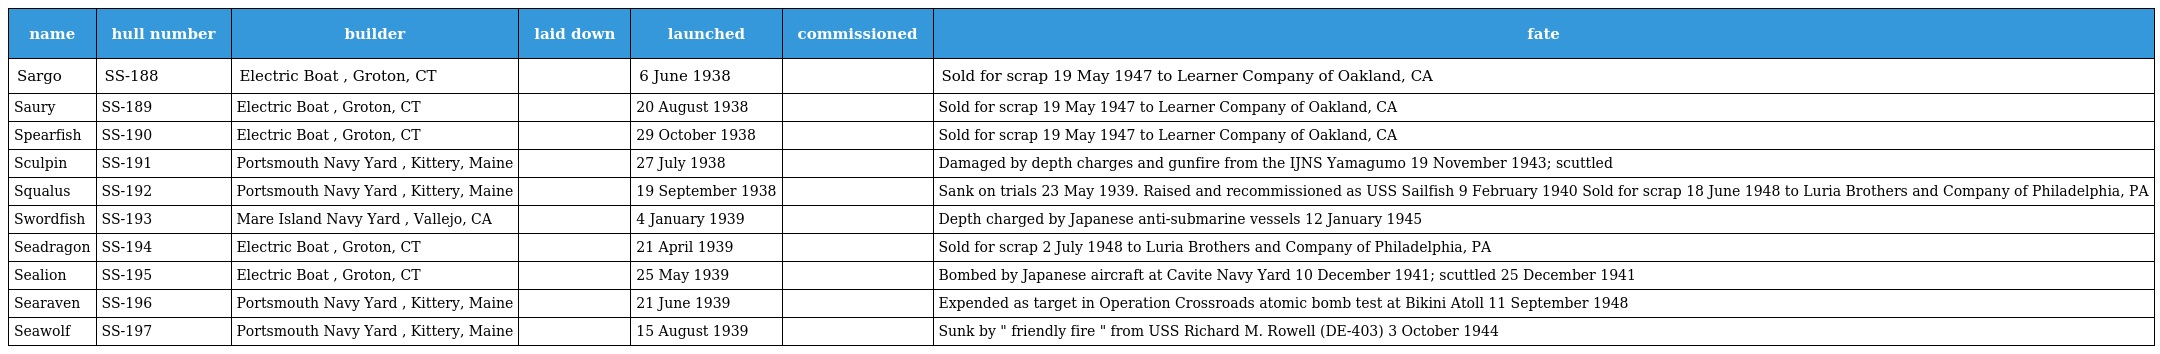
| name | hull number | builder | laid down | launched | commissioned | fate |
 | --- | --- | --- | --- | --- | --- | --- |
 | Sargo | SS-188 | Electric Boat , Groton, CT |  | 6 June 1938 |  | Sold for scrap 19 May 1947 to Learner Company of Oakland, CA |
 | Saury | SS-189 | Electric Boat , Groton, CT |  | 20 August 1938 |  | Sold for scrap 19 May 1947 to Learner Company of Oakland, CA |
 | Spearfish | SS-190 | Electric Boat , Groton, CT |  | 29 October 1938 |  | Sold for scrap 19 May 1947 to Learner Company of Oakland, CA |
 | Sculpin | SS-191 | Portsmouth Navy Yard , Kittery, Maine |  | 27 July 1938 |  | Damaged by depth charges and gunfire from the IJNS Yamagumo 19 November 1943; scuttled |
 | Squalus | SS-192 | Portsmouth Navy Yard , Kittery, Maine |  | 19 September 1938 |  | Sank on trials 23 May 1939. Raised and recommissioned as USS Sailfish 9 February 1940 Sold for scrap 18 June 1948 to Luria Brothers and Company of Philadelphia, PA |
 | Swordfish | SS-193 | Mare Island Navy Yard , Vallejo, CA |  | 4 January 1939 |  | Depth charged by Japanese anti-submarine vessels 12 January 1945 |
 | Seadragon | SS-194 | Electric Boat , Groton, CT |  | 21 April 1939 |  | Sold for scrap 2 July 1948 to Luria Brothers and Company of Philadelphia, PA |
 | Sealion | SS-195 | Electric Boat , Groton, CT |  | 25 May 1939 |  | Bombed by Japanese aircraft at Cavite Navy Yard 10 December 1941; scuttled 25 December 1941 |
 | Searaven | SS-196 | Portsmouth Navy Yard , Kittery, Maine |  | 21 June 1939 |  | Expended as target in Operation Crossroads atomic bomb test at Bikini Atoll 11 September 1948 |
 | Seawolf | SS-197 | Portsmouth Navy Yard , Kittery, Maine |  | 15 August 1939 |  | Sunk by " friendly fire " from USS Richard M. Rowell (DE-403) 3 October 1944 |